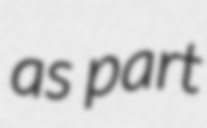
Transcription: as part